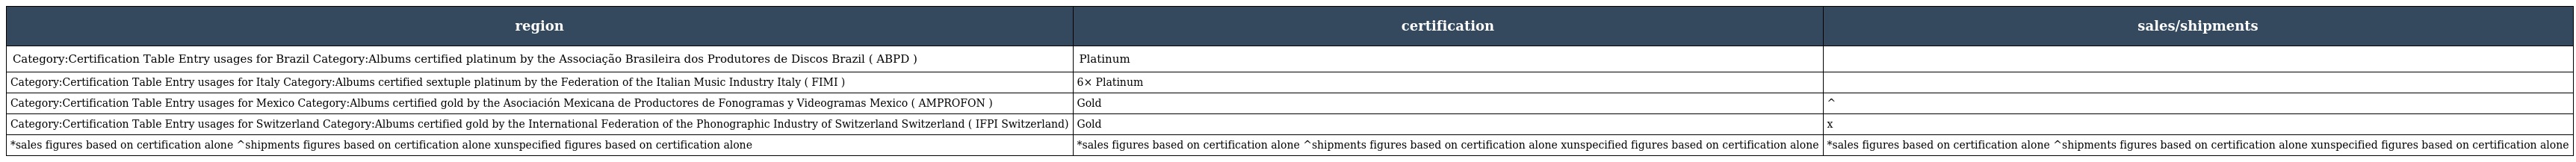
| region | certification | sales/shipments |
 | --- | --- | --- |
 | Category:Certification Table Entry usages for Brazil Category:Albums certified platinum by the Associação Brasileira dos Produtores de Discos Brazil ( ABPD ) | Platinum |  |
 | Category:Certification Table Entry usages for Italy Category:Albums certified sextuple platinum by the Federation of the Italian Music Industry Italy ( FIMI ) | 6× Platinum |  |
 | Category:Certification Table Entry usages for Mexico Category:Albums certified gold by the Asociación Mexicana de Productores de Fonogramas y Videogramas Mexico ( AMPROFON ) | Gold | ^ |
 | Category:Certification Table Entry usages for Switzerland Category:Albums certified gold by the International Federation of the Phonographic Industry of Switzerland Switzerland ( IFPI Switzerland) | Gold | x |
 | *sales figures based on certification alone ^shipments figures based on certification alone xunspecified figures based on certification alone | *sales figures based on certification alone ^shipments figures based on certification alone xunspecified figures based on certification alone | *sales figures based on certification alone ^shipments figures based on certification alone xunspecified figures based on certification alone |